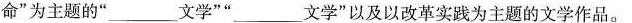
命”为主题的”___文学””___文学”以及以改革实践为主题的文学作品。